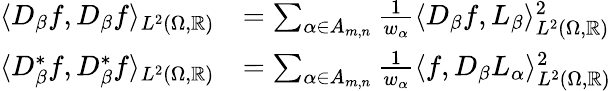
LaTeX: \begin{array}{rl}{\langle D_{\beta}f,D_{\beta}f\rangle_{L^{2}(\Omega,\mathbb{R})}}&{=\sum_{\alpha\in A_{m,n}}\frac{1}{w_{\alpha}}\langle D_{\beta}f,L_{\beta}\rangle_{L^{2}(\Omega,\mathbb{R})}^{2}}\\ {\langle D_{\beta}^{*}f,D_{\beta}^{*}f\rangle_{L^{2}(\Omega,\mathbb{R})}}&{=\sum_{\alpha\in A_{m,n}}\frac{1}{w_{\alpha}}\langle f,D_{\beta}L_{\alpha}\rangle_{L^{2}(\Omega,\mathbb{R})}^{2}}\end{array}